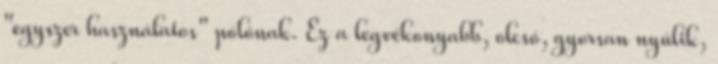
"egyszer használatos" pólónak. Ez a legvékonyabb, olcsó, gyorsan nyúlik,